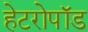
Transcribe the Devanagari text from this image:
हेटरोपॉड